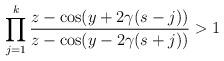
LaTeX: \begin{align*}\prod_{j=1}^k\frac{z-\cos(y+2\gamma(s-j))}{z-\cos(y-2\gamma(s+j))}>1\end{align*}